Annual report on the working of the lock hospitals in the North-Western Provinces and Oudh
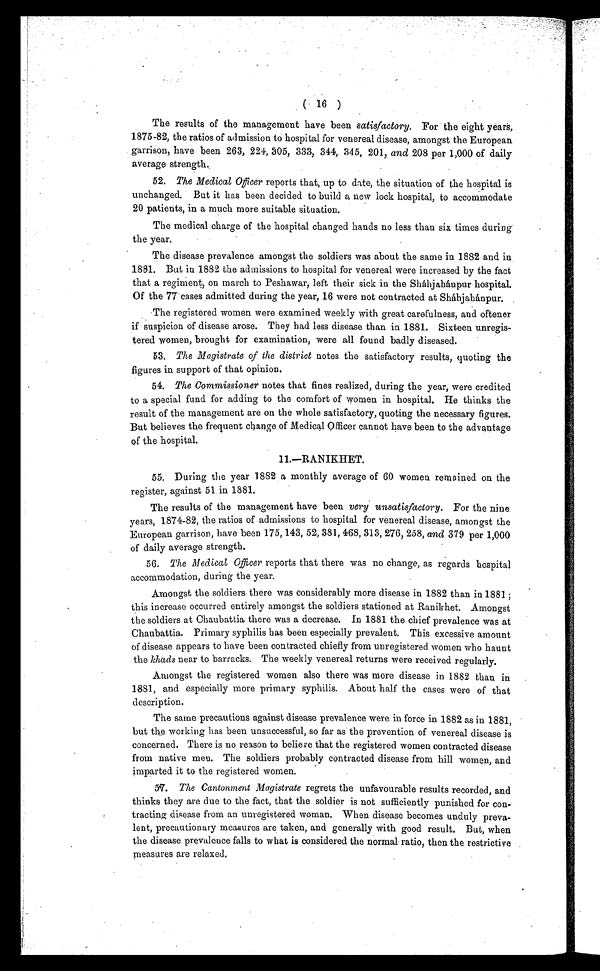
( 16 )
The results of the management have been satisfactory. For the eight years,
1875-82, the ratios of admission to hospital for venereal disease, amongst the European
garrison, have been 263, 224, 305, 333, 344, 345, 201, and 208 per 1,000 of daily
average strength.
52. The Medical Officer reports that, up to date, the situation of the hospital is
unchanged. But it has been decided to build a new lock hospital, to accommodate
20 patients, in a much more suitable situation.
The medical charge of the hospital changed hands no less than six times during
the year.
The disease prevalence amongst the soldiers was about the same in 1882 and in
1881. But in 1882 the admissions to hospital for venereal were increased by the fact
that a regiment, on march to Peshawar, left their sick in the Sháhjahánpur hospital.
Of the 77 cases admitted during the year, 16 were not contracted at Shájahánpur. .
The registered women were examined weekly with great carefulness, and oftener
if suspicion of disease arose. They had less disease than in 1881. Sixteen unregis-
tered women, brought for examination, were all found badly diseased.
53. The Magistrate of the district notes the satisfactory results, quoting the
figures in support of that opinion.
54. The Commissioner notes that fines realized, during the year, were credited
to a special fund for adding to the comfort of women in hospital. He thinks the
result of the management are on the whole satisfactory, quoting the necessary figures.
But believes the frequent change of Medical Officer cannot have been to the advantage
of the hospital.
11.—RANIKHET.
55. During the year 1882 a monthly average of 60 women remained on the
register, against 51 . in 1881.
The results of the management have been very unsatisfactory. For the nine
years, 1874-82, the ratios of admissions to hospital for venereal disease, amongst the
European garrison, have been 175, 143, 52, 381, 468, 313, 276, 258, and 379 per 1,000
of daily average strength.
56. The Medical Officer reports that there was no change, as regards hospital
accommodation, during the year.
Amongst the soldiers there was considerably more disease in 1882 than in 1881
this increase occurred entirely amongst the soldiers stationed at Ranikhet. Amongst
the soldiers at Chaubattia there was a decrease. In 1881 the chief prevalence was at
Chaubattia. Primary syphilis has been especially prevalent. This excessive amount
of disease appears to have been contracted chiefly from unregistered women who haunt
the khads near to barracks. The weekly venereal returns were received regularly.
Amongst the registered women also there was more disease in 1882 than in .
1881, and especially more primary syphilis. About half the cases were of that
description.
The same precautions against disease prevalence were in force in 1882 as in 1881,
but the working has been unsuccessful, so far as the prevention of venereal disease is
concerned. There is no reason to believe that the registered women contracted disease
from native men. The soldiers probably contracted disease from hill women, and
imparted it to the registered women.
57. The Cantonment Magistrate regrets the unfavourable results recorded, and
thinks they are due to the fact, that the soldier is not sufficiently punished for con-
tracting disease from an unregistered woman. When disease becomes unduly preva-
lent, precautionary measures are taken, and generally with good result. But, when
the disease prevalence falls to what is considered the normal ratio, then the restrictive .
measures are relaxed.